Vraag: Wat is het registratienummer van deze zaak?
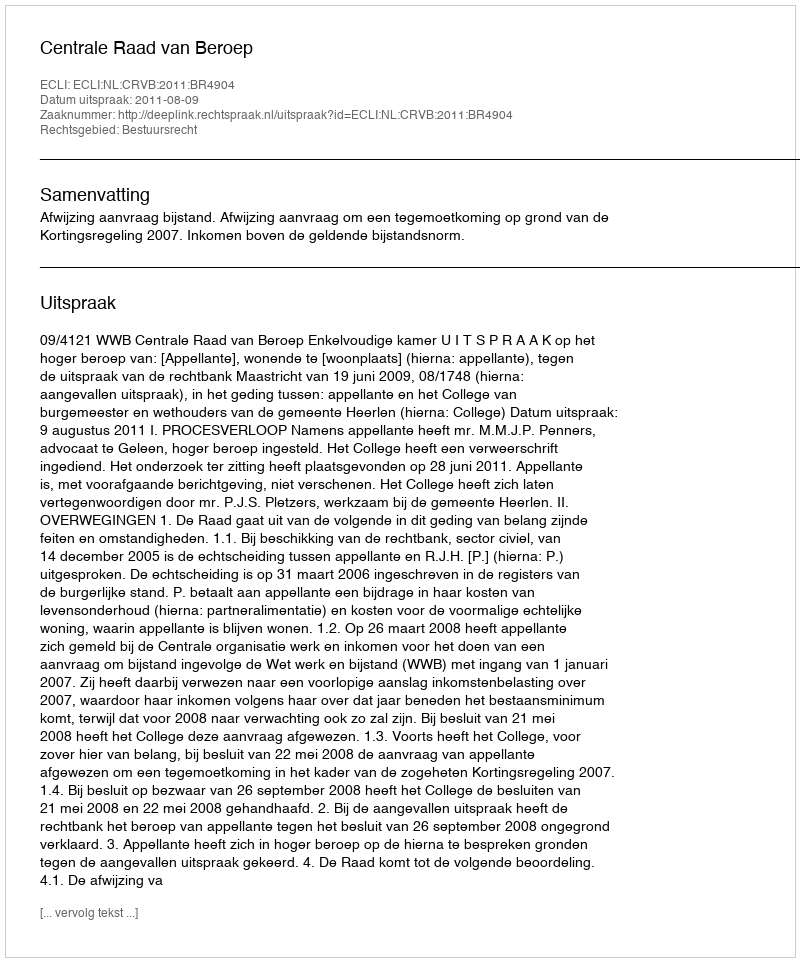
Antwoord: http://deeplink.rechtspraak.nl/uitspraak?id=ECLI:NL:CRVB:2011:BR4904